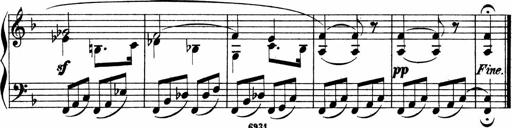
Title: 2 instructive Sonatinen
Composer: Paul Schumacher